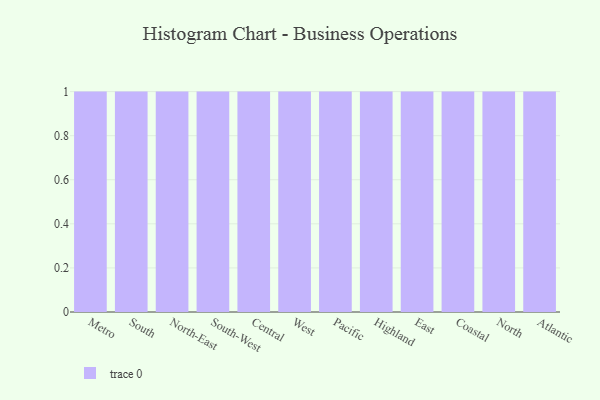
{"axis": {"x": "Region", "y": "Headcount"}, "legend": [""], "data": [{"x": "Metro", "y": 16, "type": ""}, {"x": "South", "y": 9, "type": ""}, {"x": "North-East", "y": 51, "type": ""}, {"x": "South-West", "y": 32, "type": ""}, {"x": "Central", "y": 45, "type": ""}, {"x": "West", "y": 96, "type": ""}, {"x": "Pacific", "y": 84, "type": ""}, {"x": "Highland", "y": 82, "type": ""}, {"x": "East", "y": 3, "type": ""}, {"x": "Coastal", "y": 10, "type": ""}, {"x": "North", "y": 90, "type": ""}, {"x": "Atlantic", "y": 31, "type": ""}]}